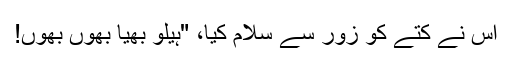
اس نے کتّے کو زور سے سلام کیا، "ہیلو بھیّا بھوں بھوں!